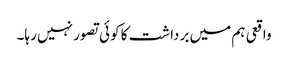
واقعی ہم میں برداشت کا کوئی تصور نہیں رہا۔